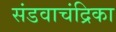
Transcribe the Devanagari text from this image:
संडवाचंद्रिका